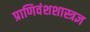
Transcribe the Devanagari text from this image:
प्राणिवंशशास्त्रज्ञ